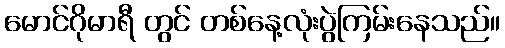
မောင်ဂိုမာရီ တွင် တစ်နေ့လုံးပွဲကြမ်းနေသည်။